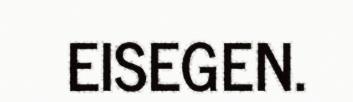
EISEGEN.